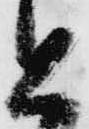
と